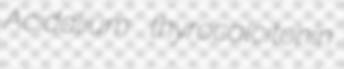
Acidalium thyrocalcitonin